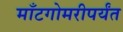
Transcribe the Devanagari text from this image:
माँटगोमरीपर्यंत